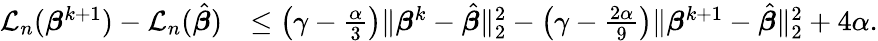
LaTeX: \begin{array}{rl}{{\mathcal L}_{n}({\boldsymbol{\beta}}^{k+1})-{\mathcal L}_{n}(\hat{\boldsymbol{\beta}})}&{\leq\left(\gamma-\frac{\alpha}{3}\right)\| {\boldsymbol{\beta}}^{k}-\hat{\boldsymbol{\beta}}\| _{2}^{2}-\left(\gamma-\frac{2\alpha}{9}\right)\| {\boldsymbol{\beta}}^{k+1}-\hat{\boldsymbol{\beta}}\| _{2}^{2}+4\alpha.}\end{array}